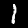
Label: 1